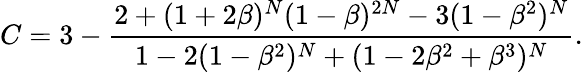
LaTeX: C=3-\frac{2+(1+2\beta)^{N}(1-\beta)^{2N}-3(1-\beta^{2})^{N}}{1-2(1-\beta^{2})^{N}+(1-2\beta^{2}+\beta^{3})^{N}}.